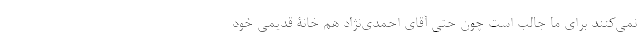
نمی‌کنند برای ما جالب است چون حتی آقای احمدی‌نژاد هم خانۀ قدیمی خود